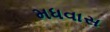
મધવાસ